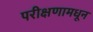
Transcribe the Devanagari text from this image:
परीक्षणामधून